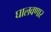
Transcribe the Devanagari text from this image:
घालवणार